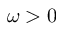
\omega > 0